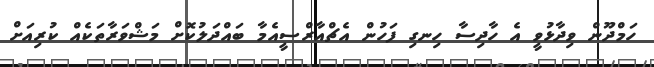
ހަމްދޫން ވިދާޅުވީ އެ ހާދިސާ ހިނގި ފަހުން އެޗްއާރްސީއެމާ ބައްދަލުކޮށް މަޝްވަރާތަކެއް ކުރިއަށް